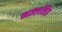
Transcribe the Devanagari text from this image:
नल्लसिंह